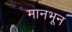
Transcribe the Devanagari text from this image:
मानभून